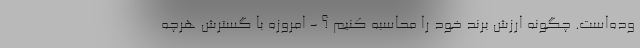
وده‌است. چگونه ارزش برند خود را محاسبه کنیم ؟ - امروزه با گسترش هرچه